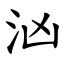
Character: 汹